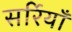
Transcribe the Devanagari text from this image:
सर्रियाँ